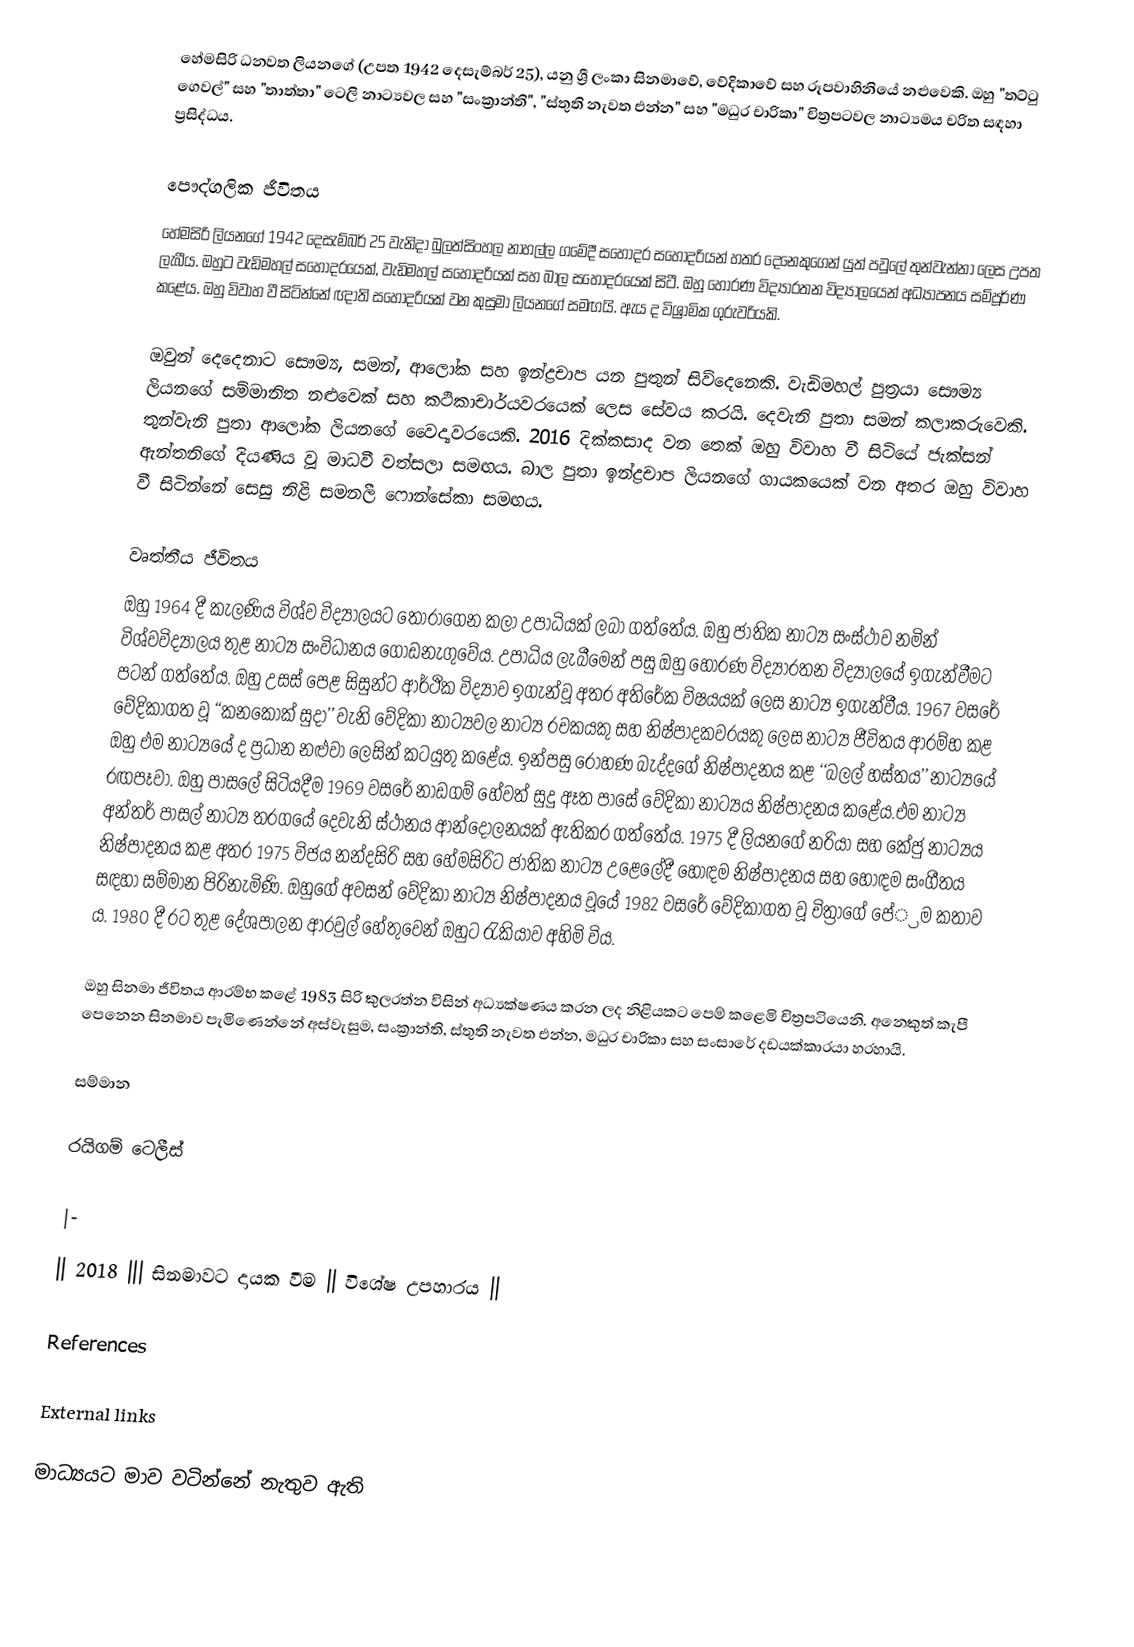
හේමසිරි ධනවත ලියනගේ (උපත 1942 දෙසැම්බර් 25), යනු ශ්‍රී ලංකා සිනමාවේ, වේදිකාවේ සහ රූපවාහිනියේ නළුවෙකි. ඔහු "තට්ටු ගෙවල්" සහ "තාත්තා" ටෙලි නාට්‍යවල සහ "සංක්‍රාන්ති", "ස්තුති නැවත එන්න" සහ "මධුර චාරිකා" චිත්‍රපටවල නාට්‍යමය චරිත සඳහා ප්‍රසිද්ධය.

පෞද්ගලික ජීවිතය
හේමසිරි ලියනගේ 1942 දෙසැම්බර් 25 වැනිදා බුලත්සිංහල නාහල්ල ගමේදී සහෝදර සහෝදරියන් හතර දෙනෙකුගෙන් යුත් පවුලේ තුන්වැන්නා ලෙස උපත ලැබීය. ඔහුට වැඩිමහල් සහෝදරයෙක්, වැඩිමහල් සහෝදරියක් සහ බාල සහෝදරයෙක් සිටී. ඔහු හොරණ විද්‍යාරතන විද්‍යාලයෙන් අධ්‍යාපනය සම්පූර්ණ කළේය. ඔහු විවාහ වී සිටින්නේ ඥාති සහෝදරියක් වන කුසුමා ලියනගේ සමඟයි. ඇය ද විශ්‍රාමික ගුරුවරියකි.

ඔවුන් දෙදෙනාට සෞම්‍ය, සමන්, ආලෝක සහ ඉන්ද්‍රචාප යන පුතුන් සිව්දෙනෙකි. වැඩිමහල් පුත්‍රයා සෞම්‍ය ලියනගේ සම්මානිත නළුවෙක් සහ කථිකාචාර්යවරයෙක් ලෙස සේවය කරයි. දෙවැනි පුතා සමන් කලාකරුවෙකි. තුන්වැනි පුතා ආලෝක ලියනගේ වෛද්‍යවරයෙකි. 2016 දික්කසාද වන තෙක් ඔහු විවාහ වී සිටියේ ජැක්සන් ඇන්තනිගේ දියණිය වූ මාධවී වත්සලා සමඟය. බාල පුතා ඉන්ද්‍රචාප ලියනගේ ගායකයෙක් වන අතර ඔහු විවාහ වී සිටින්නේ සෙසු නිළි සමනලී ෆොන්සේකා සමඟය.

වෘත්තීය ජීවිතය
ඔහු 1964 දී කැලණිය විශ්ව විද්‍යාලයට තෝරාගෙන කලා උපාධියක් ලබා ගත්තේය. ඔහු ජාතික නාට්‍ය සංස්ථාව නමින් විශ්වවිද්‍යාලය තුළ නාට්‍ය සංවිධානය ගොඩනැගුවේය. උපාධිය ලැබීමෙන් පසු ඔහු හොරණ විද්‍යාරතන විද්‍යාලයේ ඉගැන්වීමට පටන් ගත්තේය. ඔහු උසස් පෙළ සිසුන්ට ආර්ථික විද්‍යාව ඉගැන්වූ අතර අතිරේක විෂයයක් ලෙස නාට්‍ය ඉගැන්වීය. 1967 වසරේ වේදිකාගත වූ ‘‘කනකොක් සුදා’’ වැනි වේදිකා නාට්‍යවල නාට්‍ය රචකයකු සහ නිෂ්පාදකවරයකු ලෙස නාට්‍ය ජීවිතය ආරම්භ කළ ඔහු එම නාට්‍යයේ ද ප්‍රධාන නළුවා ලෙසින් කටයුතු කළේය. ඉන්පසු රෝහණ බැද්දගේ නිෂ්පාදනය කළ ‘‘බලල් හස්තය’’ නාට්‍යයේ රඟපෑවා. ඔහු පාසලේ සිටියදීම 1969 වසරේ නාඩගම් හේවත් සුදු ඈත පාසේ වේදිකා නාට්‍යය නිෂ්පාදනය කළේය.එම නාට්‍ය අන්තර් පාසල් නාට්‍ය තරගයේ දෙවැනි ස්ථානය ආන්දෝලනයක් ඇතිකර ගත්තේය. 1975 දී ලියනගේ නරියා සහ කේජු නාට්‍යය නිෂ්පාදනය කළ අතර 1975 විජය නන්දසිරි සහ හේමසිරිට ජාතික නාට්‍ය උළෙලේදී හොඳම නිෂ්පාදනය සහ හොඳම සංගීතය සඳහා සම්මාන පිරිනැමිණි. ඔහුගේ අවසන් වේදිකා නාට්‍ය නිෂ්පාදනය වූයේ 1982 වසරේ වේදිකාගත වූ චිත්‍රාගේ පේ‍්‍රම කතාව ය. 1980 දී රට තුළ දේශපාලන ආරවුල් හේතුවෙන් ඔහුට රැකියාව අහිමි විය.

ඔහු සිනමා ජීවිතය ආරම්භ කළේ 1983 සිරි කුලරත්න විසින් අධ්‍යක්ෂණය කරන ලද නිළියකට පෙම් කළෙමි චිත්‍රපටියෙනි. අනෙකුත් කැපී පෙනෙන සිනමාව පැමිණෙන්නේ අස්වැසුම, සංක්‍රාන්ති, ස්තුති නැවත එන්න, මධුර චාරිකා සහ සංසාරේ දඩයක්කාරයා හරහායි.

සම්මාන

රයිගම් ටෙලීස්

|-
|| 2018 ||| සිනමාවට දායක වීම || විශේෂ උපහාරය  ||

References

External links

මාධ්‍යයට මාව වටින්නේ නැතුව ඇති